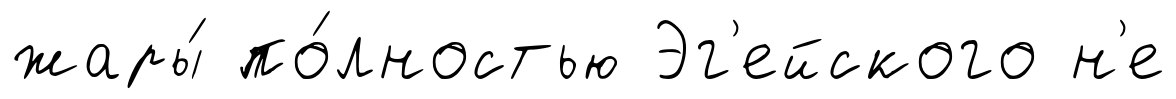
жары́ по́лностью Эг'ейского н'е